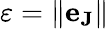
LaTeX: \varepsilon=\| \mathbf{e}_{\mathbf{J}}\|